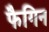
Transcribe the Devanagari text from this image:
फैगिन